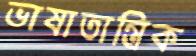
ভাষাতান্ত্রিক